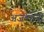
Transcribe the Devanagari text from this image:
अजन्मानो